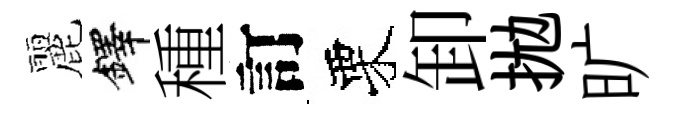
麗鐸種訂栗卸拋旷